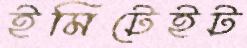
ইমিটেইট